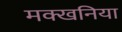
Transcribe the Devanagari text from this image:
मक्खनिया